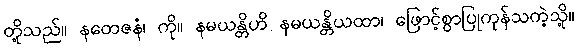
တို့သည်။ နတေဇနံ၊ ကို။ နမယန္တိဟိ နမယန္တိယထာ၊ ဖြောင့်စွာပြုကုန်သကဲ့သို့။